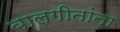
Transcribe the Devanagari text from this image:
बालगीतांना